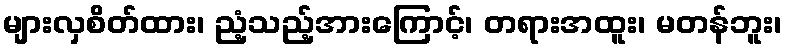
များလှစိတ်ထား၊ ညံ့သည့်အားကြောင့်၊ တရားအထူး၊ မတန်ဘူး၊